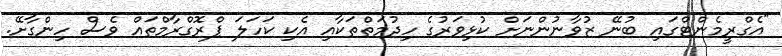
"އެގްރީމެންޓްގައި ބުނޭ ޒުވާނުންނަށް ކުޅިވަރުގެ ހިދުމަތްތަކާއި އެކި ކަހަލަ ޕްރޮގްރާމްތައް ވެސް ހިންގާށޭ.